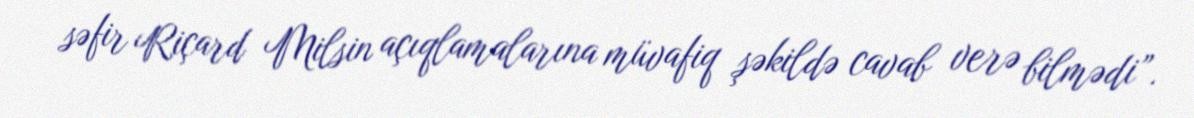
səfir Riçard Milsin açıqlamalarına müvafiq şəkildə cavab verə bilmədi”.